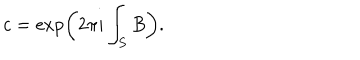
c = \exp \left( 2 \pi i \int _ { S } B \right) .